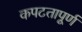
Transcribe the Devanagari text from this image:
कपटतापूर्ण